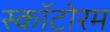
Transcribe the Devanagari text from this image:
स्कॉटोरम